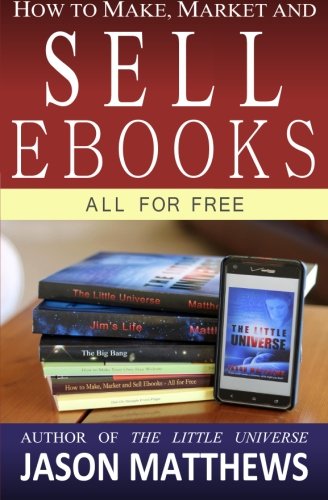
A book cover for How to Make, Market and Sell Ebooks - All for FREE: Ebooksuccess4free; Jason Matthews; Computers & Technology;